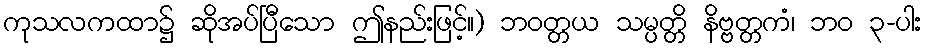
ကုသလကထာ၌ ဆိုအပ်ပြီသော ဤနည်းဖြင့်။) ဘဝတ္တယ သမ္ပတ္တိ နိဗ္ဗတ္တကံ၊ ဘဝ ၃-ပါး